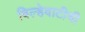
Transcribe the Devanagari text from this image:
विल्हेवाटीची